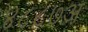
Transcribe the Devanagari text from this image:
४८८७अ